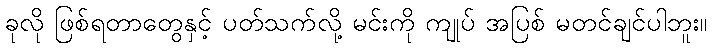
ခုလို ဖြစ်ရတာတွေနှင့် ပတ်သက်လို့ မင်းကို ကျုပ် အပြစ် မတင်ချင်ပါဘူး။